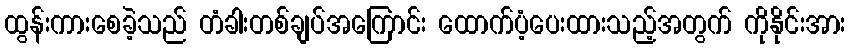
ထွန်းကားစေခဲ့သည် တံခါးတစ်ချပ်အကြောင်း ထောက်ပံ့ပေးထားသည့်အတွက် ကိုနိုင်းအား